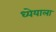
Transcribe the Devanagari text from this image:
ध्येयाला